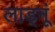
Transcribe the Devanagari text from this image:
लाड्नूं